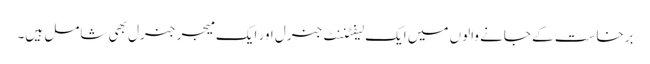
برخاست کے جانے والوں میں ایک لیفٹننٹ جنرل اور ایک میجر جنرل بھی شامل ہیں۔